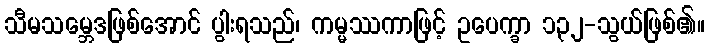
သီမသမ္ဘေဒဖြစ်အောင် ပွါးရသည်၊ ကမ္မဿကာဖြင့် ဥပေက္ခာ ၁၃၂-သွယ်ဖြစ်၏။